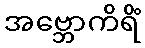
အဗ္ဘောကိရိံ